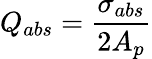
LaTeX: Q_{abs}=\frac{\sigma_{abs}}{2A_{p}}